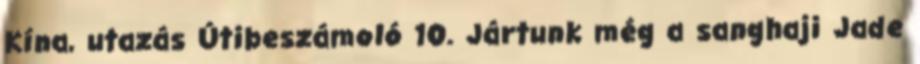
Kína, utazás Útibeszámoló 10. Jártunk még a sanghaji Jade